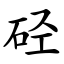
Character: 硁